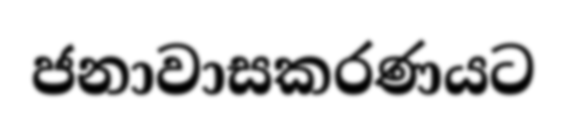
ජනාවාසකරණයට